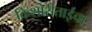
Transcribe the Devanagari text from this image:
किशोरीताईंचा